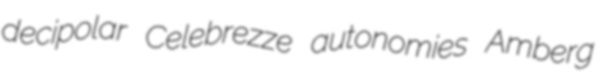
decipolar Celebrezze autonomies Amberg